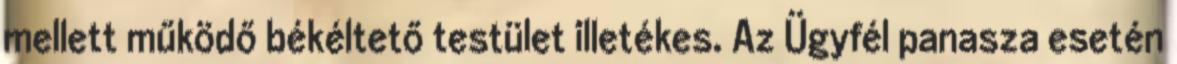
mellett működő békéltető testület illetékes. Az Ügyfél panasza esetén